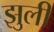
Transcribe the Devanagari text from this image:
झुली